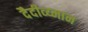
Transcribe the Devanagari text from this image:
दैदीव्य्मान